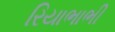
રિયાભાભી